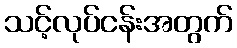
သင့်လုပ်ငန်းအတွက်